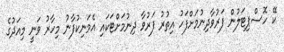
ކޭ ހޮސްޕިޓަލުން ފަރުވާދިނުމަށްފަހު އިތުރު ފަރުވާ ދިނުމަށްޓަކައި އެމަނިކުފާނު މިހާރު ވަނީ މިއަދުގެ